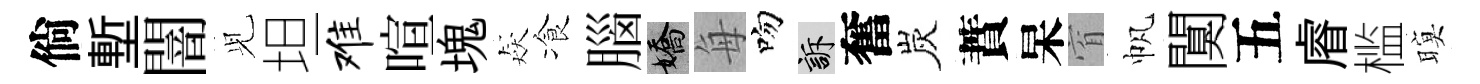
倘塹闇𫤗坦难喧塊猋飡腦嬌每吻訴奮炭蕡杲窅帆闃五𥈠槛暝